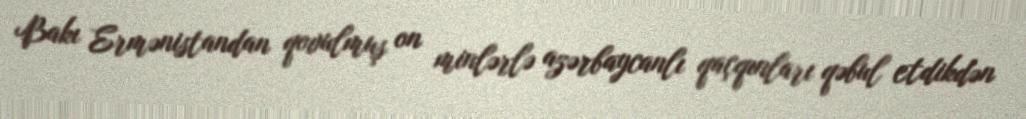
Bakı Ermənistandan qovulmuş on minlərlə azərbaycanlı qaçqınları qəbul etdikdən